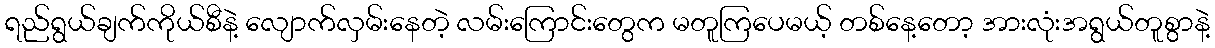
ရည်ရွယ်ချက်ကိုယ်စီနဲ့ လျောက်လှမ်းနေတဲ့ လမ်းကြောင်းတွေက မတူကြပေမယ့် တစ်နေ့တော့ အားလုံးအရွယ်တူစွာနဲ့